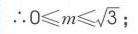
\(\therefore 0\leqslant m\leqslant\sqrt{3}\)；